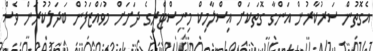
އެގޮތުން ސަރުކާރުން އަންގާ ގޮތަކަށް އިސްލާމިކް މިނިސްޓްރީގެ ދަަށަށް މުވައްޒަފުން ބަދަލުކުރަން ވެސް